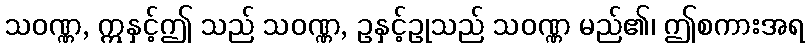
သဝဏ္ဏ, ဣနှင့်ဤ သည် သဝဏ္ဏ, ဥနှင့်ဥုသည် သဝဏ္ဏ မည်၏၊ ဤစကားအရ